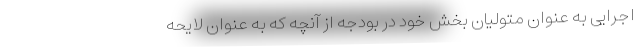
اجرایی به عنوان متولیان بخش خود در بودجه از آنچه که به عنوان لایحه